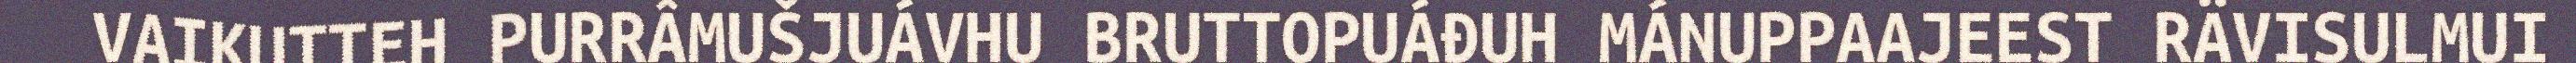
VAIKUTTEH PURRÂMUŠJUÁVHU BRUTTOPUÁĐUH MÁNUPPAAJEEST RÄVISULMUI